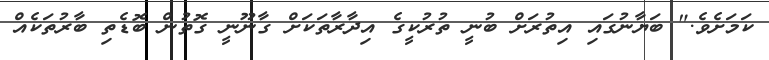
ކަމަށެވެ." ބަޔާނުގައި އިތުރަށް ބުނީ ތުރުކީގެ އިދާރާތަކަށް ގާނޫނީ ގޮތުން ބޮޑެތި ބާރުތަކެއް